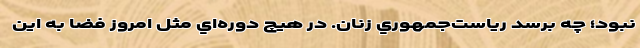
نبود؛ چه برسد رياست‌جمهوري زنان. در هيچ دوره‌اي مثل امروز فضا به اين